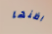
اظنها